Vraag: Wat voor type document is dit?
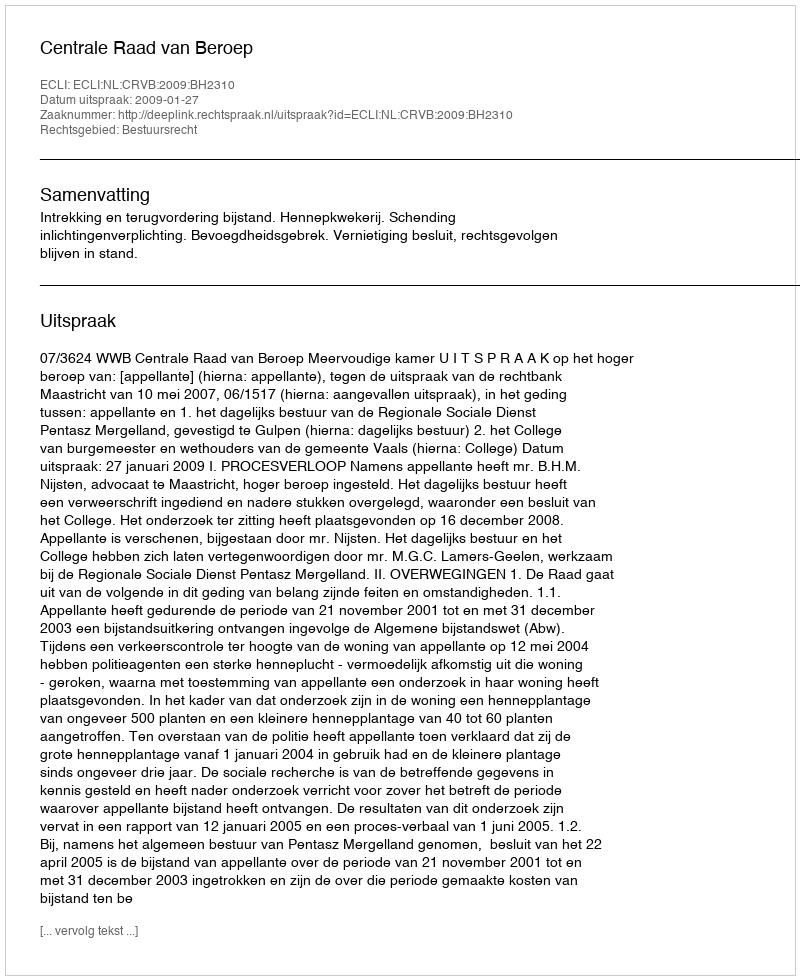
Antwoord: Uitspraak